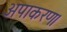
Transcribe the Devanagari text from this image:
अपाकरण।